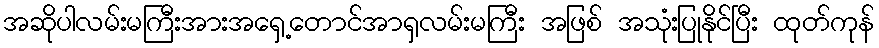
အဆိုပါလမ်းမကြီးအားအရှေ့တောင်အာရှလမ်းမကြီး အဖြစ် အသုံးပြုနိုင်ပြီး ထုတ်ကုန်